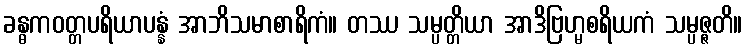
ခန္ဓကဝတ္တပရိယာပန္နံ အာဘိသမာစာရိကံ။ တဿ သမ္ပတ္တိယာ အာဒိဗြဟ္မစရိယကံ သမ္ပဇ္ဇတိ။